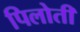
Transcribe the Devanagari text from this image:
पिलोती